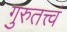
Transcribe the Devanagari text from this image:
गुरुतत्त्वं